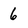
Character: 6